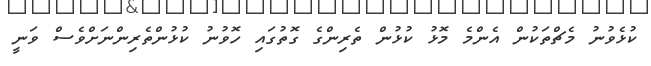
ކުޅެވުނު މެޗްތަކުން އެންމެ މޮޅު ކުޅުން ތެރިންގެ ގޮތުގައި ހޮވުނު ކުޅުންތެރިންނަށްވެސް ވަނީ